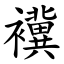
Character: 䙫